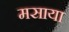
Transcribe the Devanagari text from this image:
मसाया